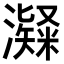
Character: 𤁼